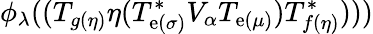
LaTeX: \phi_{\lambda}((T_{g(\eta)}\eta(T_{\mathrm{e}(\sigma)}^{*}V_{\alpha}T_{\mathrm{e}(\mu)})T_{f(\eta)}^{*})))